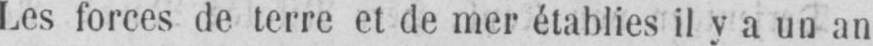
Les forces de terre et de mer établies il y a un an